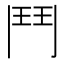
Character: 鬥